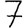
Digit: 7